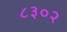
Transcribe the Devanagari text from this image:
८३०२